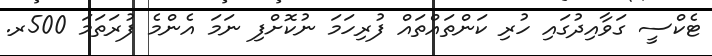
ޓެކްސީ ގަވާއިދުގައި ހުރި ކަންތައްތައް ފުރިހަމަ ނުކޮށްފި ނަމަ އެންމެ ފުރަތަމަ 500ރ.